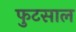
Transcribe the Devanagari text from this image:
फुटसाल